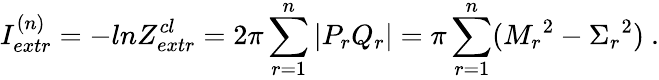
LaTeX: I_{extr}^{(n)}=-lnZ_{extr}^{cl}=2\pi\sum_{r=1}^{n}|P_{r}Q_{r}|=\pi\sum_{r=1}^{n}({M_{r}}^{2}-{\Sigma_{r}}^{2})\ .